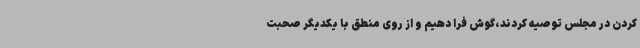
کردن در مجلس توصیه کردند،گوش فرا دهیم و از روی منطق با یکدیگر صحبت